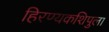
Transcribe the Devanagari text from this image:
हिरण्यकशिपुला